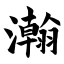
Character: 瀚